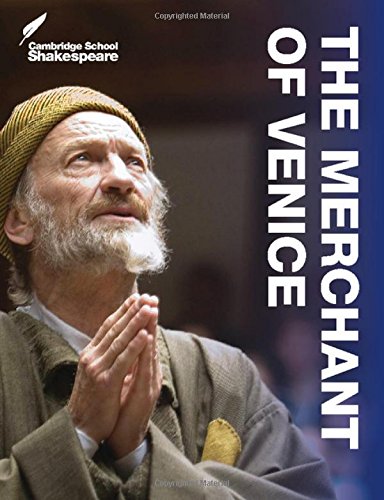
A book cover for The Merchant of Venice (Cambridge School Shakespeare); Rex Gibson; Children's Books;